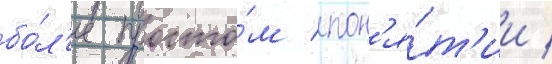
бо́л'ее просто́м пон'я́т'ии /